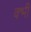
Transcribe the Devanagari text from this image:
क्भी